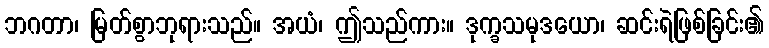
ဘဂတာ၊ မြတ်စွာဘုရားသည်။ အယံ၊ ဤသည်ကား။ ဒုက္ခသမုဒယော၊ ဆင်းရဲဖြစ်ခြင်း၏